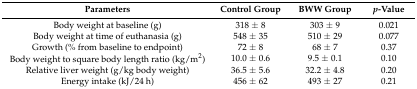
<table><thead><tr><td><b>Parameters</b></td><td><b>Control Group</b></td><td><b>BWW Group</b></td><td><b><i>p</i>-Value</b></td></tr></thead><tbody><tr><td>Body weight at baseline (g)</td><td>318 ± 8</td><td>303 ± 9</td><td>0.021</td></tr><tr><td>Body weight at time of euthanasia (g)</td><td>548 ± 35</td><td>510 ± 29</td><td>0.077</td></tr><tr><td>Growth (% from baseline to endpoint)</td><td>72 ± 8</td><td>68 ± 7</td><td>0.37</td></tr><tr><td>Body weight to square body length ratio (kg/m<sup>2</sup>)</td><td>10.0 ± 0.6</td><td>9.5 ± 0.1</td><td>0.10</td></tr><tr><td>Relative liver weight (g/kg body weight)</td><td>36.5 ± 5.6</td><td>32.2 ± 4.8</td><td>0.20</td></tr><tr><td>Energy intake (kJ/24 h)</td><td>456 ± 62</td><td>493 ± 27</td><td>0.21</td></tr></tbody></table>